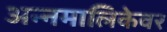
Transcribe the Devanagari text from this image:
अन्नमालिकेवर